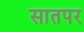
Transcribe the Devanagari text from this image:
सातपर